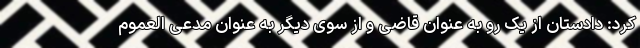
کرد: دادستان از یک رو به عنوان قاضی و از سوی دیگر به عنوان مدعی العموم